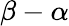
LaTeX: \beta-\alpha